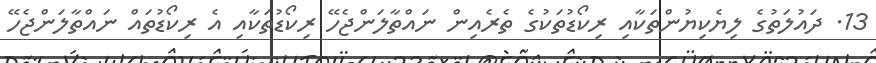
13. ދައުލަތުގެ ލިޔެކިޔުންތަކާއި ރިކޯޑުތަކުގެ ތެރެއިން ނައްތާލަންޖެހޭ ރިކޯޑުތަކާއި އެ ރިކޯޑުތައް ނައްތާލަންޖެހޭ